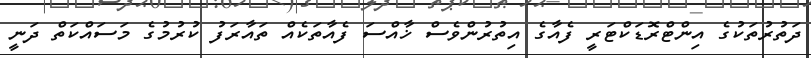
ދަތުރުތަކުގެ އިންޓްރޮޑަކްޓަރީ ފެއާގެ އިތުރުންވެސް ޚާއްސަ ފެއާތަކެއް ތައާރަފު ކުރުމުގެ މަސައްކަތް ދަނީ